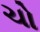
ચો